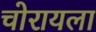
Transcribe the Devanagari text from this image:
चोरायला